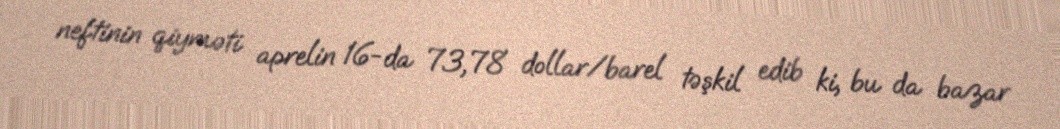
neftinin qiyməti aprelin 16-da 73,78 dollar/barel təşkil edib ki, bu da bazar